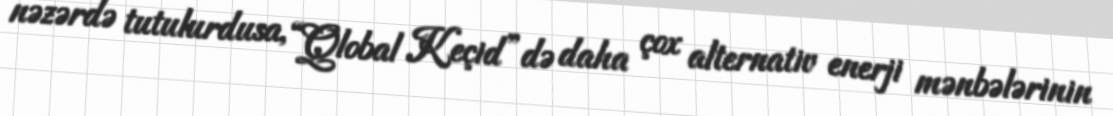
nəzərdə tutulurdusa, “Qlobal Keçid”də daha çox alternativ enerji mənbələrinin